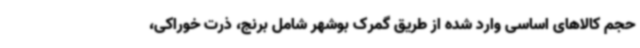
حجم کالاهای اساسی وارد شده از طریق گمرک بوشهر شامل برنج، ذرت خوراکی،